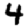
Digit: 4